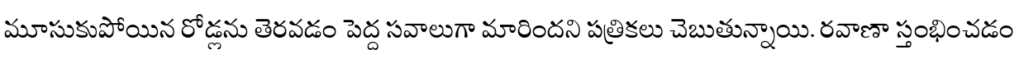
మూసుకుపోయిన రోడ్లను తెరవడం పెద్ద సవాలుగా మారిందని పత్రికలు చెబుతున్నాయి. రవాణా స్తంభించడం